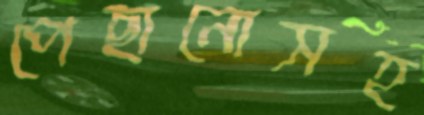
পেছানোসহ